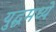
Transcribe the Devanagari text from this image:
युद्धमध्ये